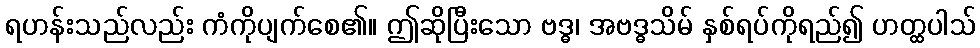
ရဟန်းသည်လည်း ကံကိုပျက်စေ၏။ ဤဆိုပြီးသော ဗဒ္ဓ၊ အဗဒ္ဓသိမ် နှစ်ရပ်ကိုရည်၍ ဟတ္ထပါသ်